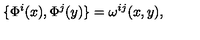
\{ \Phi ^ { i } ( x ) , \Phi ^ { j } ( y ) \} = \omega ^ { i j } ( x , y ) ,